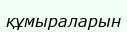
құмыраларын